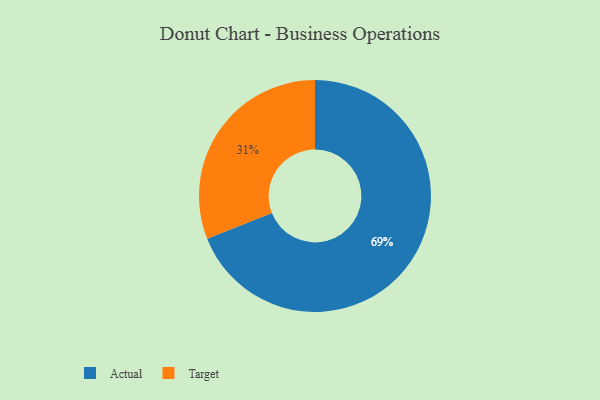
{"axis": {"x": "Category", "y": "Percentage"}, "legend": ["Actual", "Target"], "data": [{"x": "Actual", "y": 69, "type": "Actual"}, {"x": "Target", "y": 31, "type": "Target"}]}